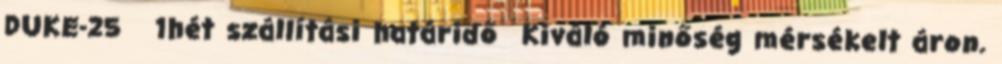
DUKE-25 1hét szállítási határidő Kiváló minőség mérsékelt áron.